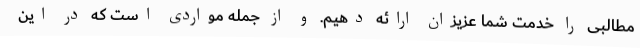
مطالبی را خدمت شما عزیزان ارائه دهیم. و از جمله مواردی است که در این